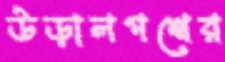
উড়ালপথের